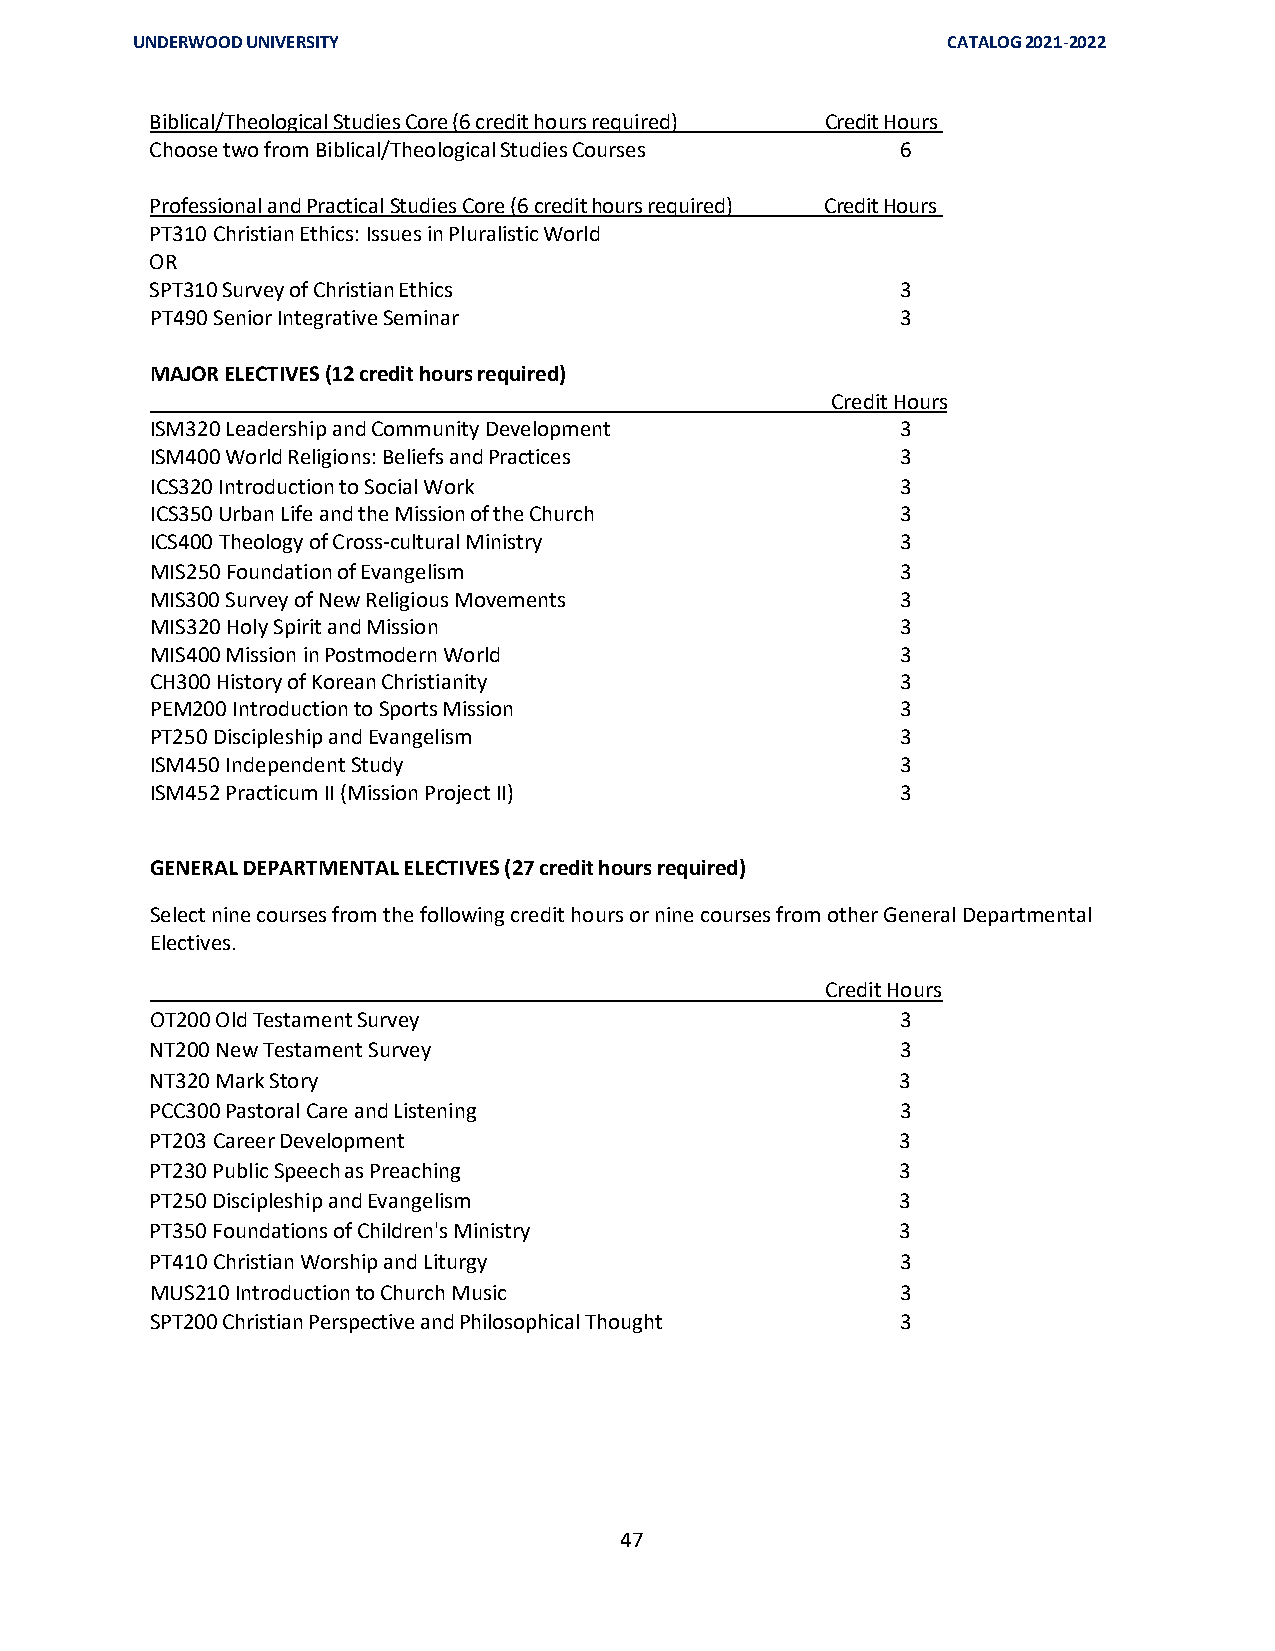
UNDERWOOD UNIVERSITY                                  CATALOG 2021-2022
 Biblical/Theological Studies Core (6 credit hours required) Credit Hours
 Choose two from Biblical/Theological Studies Courses 6
 Professional and Practical Studies Core (6 credit hours required) Credit Hours
 PT310 Christian Ethics: Issues in Pluralistic World
 OR
 SPT310 Survey of Christian Ethics                 3
 PT490 Senior Integrative Seminar                  3
 MAJOR ELECTIVES (12 credit hours required)
 Credit Hours
 ISM320 Leadership and Community Development       3
 ISM400 World Religions: Beliefs and Practices     3
 ICS320 Introduction to Social Work                3
 ICS350 Urban Life and the Mission of the Church   3
 ICS400 Theology of Cross-cultural Ministry        3
 MIS250 Foundation of Evangelism                   3
 MIS300 Survey of New Religious Movements          3
 MIS320 Holy Spirit and Mission                    3
 MIS400 Mission in Postmodern World                3
 CH300 History of Korean Christianity              3
 PEM200 Introduction to Sports Mission             3
 PT250 Discipleship and Evangelism                 3
 ISM450 Independent Study                          3
 ISM452 Practicum II (Mission Project II)          3
 GENERAL DEPARTMENTAL ELECTIVES (27 credit hours required)
 Select nine courses from the following credit hours or nine courses from other General Departmental
 Electives.
 Credit Hours
 OT200 Old Testament Survey                        3
 NT200 New Testament Survey                        3
 NT320 Mark Story                                  3
 PCC300 Pastoral Care and Listening                3
 PT203 Career Development                          3
 PT230 Public Speech as Preaching                  3
 PT250 Discipleship and Evangelism                 3
 PT350 Foundations of Children's Ministry          3
 PT410 Christian Worship and Liturgy               3
 MUS210 Introduction to Church Music               3
 SPT200 Christian Perspective and Philosophical Thought 3
 47